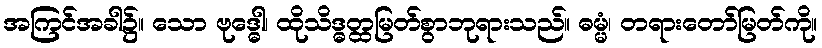
အကြင်အခါ၌။ သော ဗုဒ္ဓေါ၊ ထိုသိဒ္ဓတ္ထမြတ်စွာဘုရားသည်။ ဓမ္မံ၊ တရားတော်မြတ်ကို။